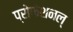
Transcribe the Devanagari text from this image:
प्रोफेशनल्